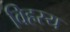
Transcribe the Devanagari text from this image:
विहस्य